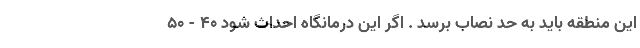
این منطقه باید به حد نصاب برسد . اگر این درمانگاه احداث شود 40 - 50